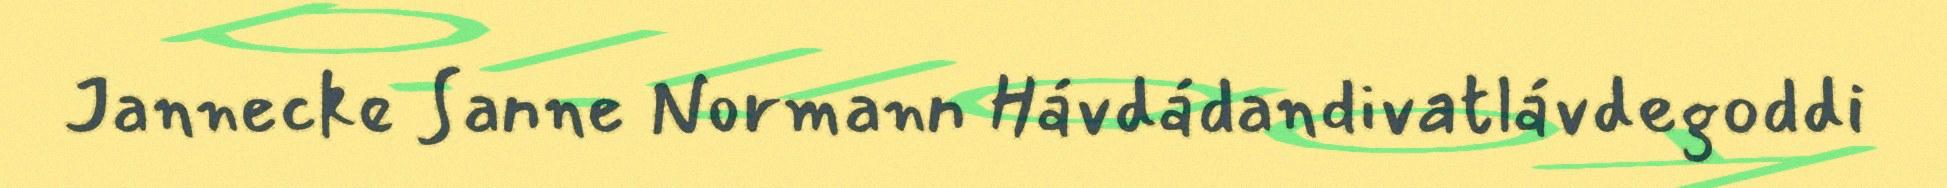
Jannecke Sanne Normann Hávdádandivatlávdegoddi